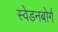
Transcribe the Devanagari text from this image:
स्वेडनबोर्ग